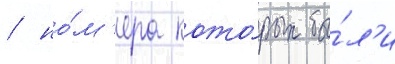
/ но́м'ера кото́рых бы́л'и